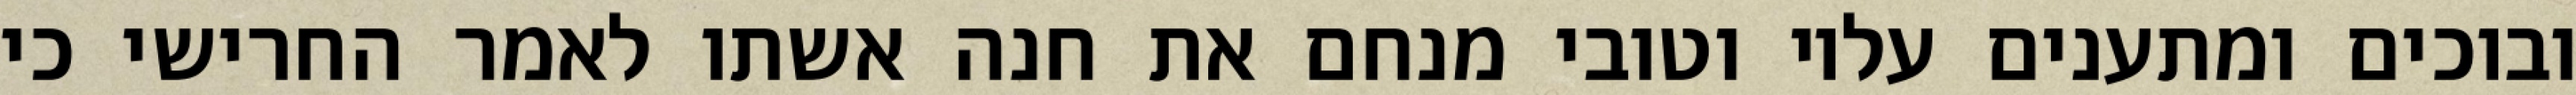
ובוכים ומתענים עליו וטובי מנחם את חנה אשתו לאמר החרישי כי